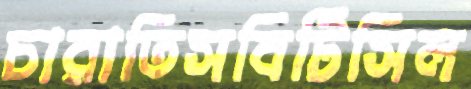
চারাতিসবিটিসিল